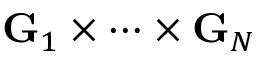
\mathbf { G } _ { 1 } \times \cdots \times \mathbf { G } _ { N }